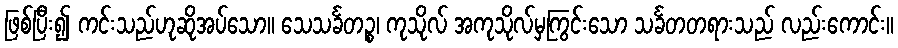
ဖြစ်ပြီး၍ ကင်းသည်ဟုဆိုအပ်သော။ သေသင်္ခတဉ္စ၊ ကုသိုလ် အကုသိုလ်မှကြွင်းသော သင်္ခတတရားသည် လည်းကောင်း။